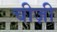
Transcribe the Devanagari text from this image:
चीज़ी